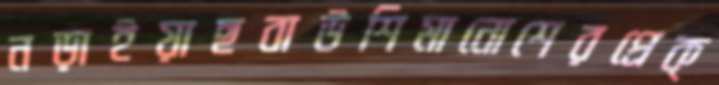
নড়াইয়াছবাউশিমানোশেরপ্রেক্